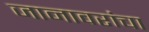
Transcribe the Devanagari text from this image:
जानावरांचा